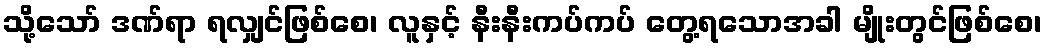
သို့သော် ဒဏ်ရာ ရလျှင်ဖြစ်စေ၊ လူနှင့် နီးနီးကပ်ကပ် တွေ့ရသောအခါ မျိုးတွင်ဖြစ်စေ၊